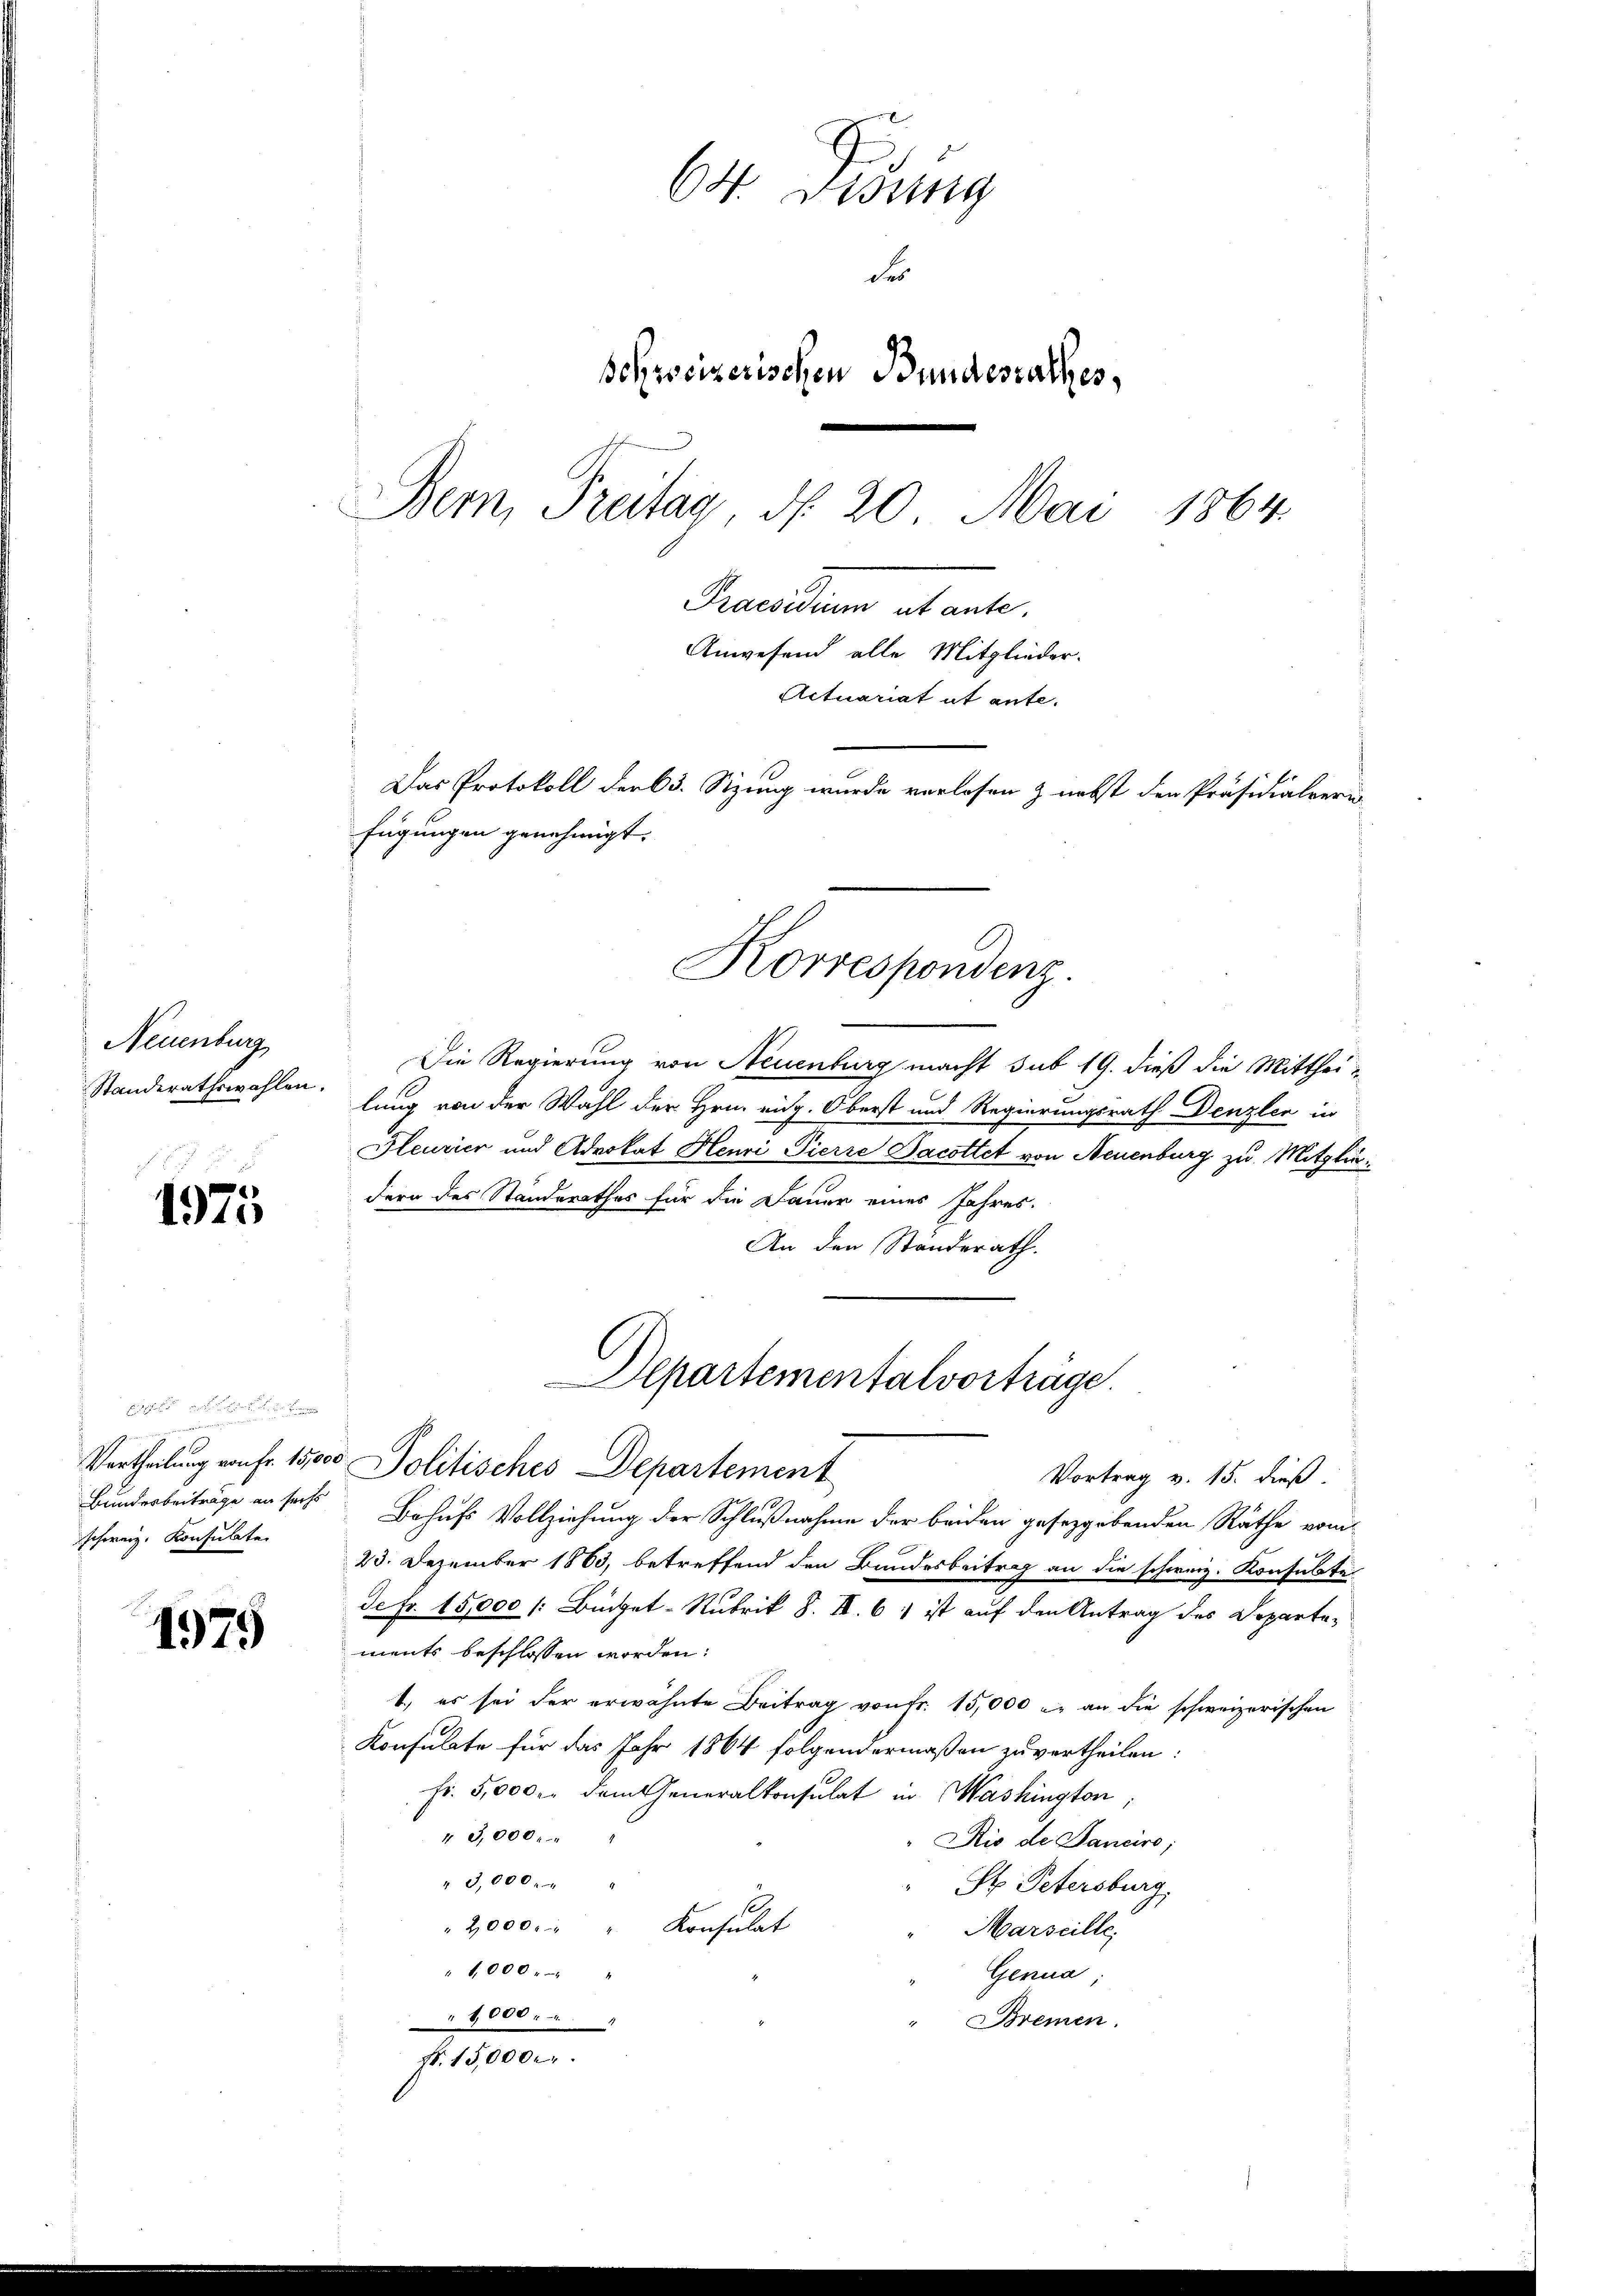
Neuenburg

1975

schweiz. Konsulate

1979

64. Disung
Fr
Bohweizerischen Bundesrathes,
Bem, Freitag, N. 20. Mai
1864.
Recadum et ante,
Anwesend alle Mitglieder-
Actuariat et ante.
Das Protokoll der 65. Sizung wurde verlesen & nebst den Präsidialveri
fügungen genehmigt.

Die Regierung von Neuenburg macht sub 19. dieß die Mitthei¬
Standerathswahlen: fung von der Wahl der Hrn. eidg. Oberst und Regierungsrath Denzler in
Heurier und Advokat Henri Pierre Dacottet von Neuenburg zu Mitgliedern des Standerathes für die Dauer eines Jahres.
An den Standerath.
Vortrag v. 15. dieß.
Bunderbeiträge an sechs Behufs Vollziehung der Schlußnahme der beiden gesetzgebenden Räthe vom
23. Dezember 1863, betreffend den Bundesbeitrag an die schweiz. Konsulatei
de Fr. 15,000 /: Bickel-Rubrik S. II. 6) ist auf den Antrag des Departements beschlossen worden:
1.) es sei der erwähnte Beitrag von Fr. 15,000 u. an die schweizerischen
Konsulate für das Jahr 1864 folgendermaßen zu vertheilen:
Fr. 5,000. dem eneralkonsulat in Mashington,
3,000.
Rio de Sanciro,
" 3,000.
St. Petersburg,
2,000 " " Konsulat
Marseille;
" 1000 . "
Genua;
1,000.
Bremen.
Fr. 15,000.

Vertheilung von fr. 15000 Politisches Departement

Korrespondenz.

Departementalvorträge